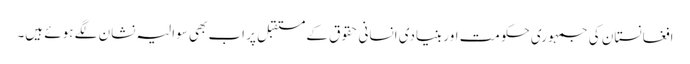
افغانستان کی جمہوری حکومت اور بنیادی انسانی حقوق کے مستقبل پر اب بھی سوالیہ نشان لگے ہوئے ہیں۔